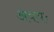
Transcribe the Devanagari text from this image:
अवयः